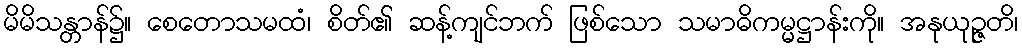
မိမိသန္တာန်၌။ စေတောသမထံ၊ စိတ်၏ ဆန့်ကျင်ဘက် ဖြစ်သော သမာဓိကမ္မဋ္ဌာန်းကို။ အနုယုဉ္ဇတိ၊